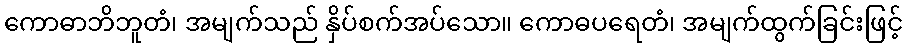
ကောဓာဘိဘူတံ၊ အမျက်သည် နှိပ်စက်အပ်သော။ ကောဓပရေတံ၊ အမျက်ထွက်ခြင်းဖြင့်